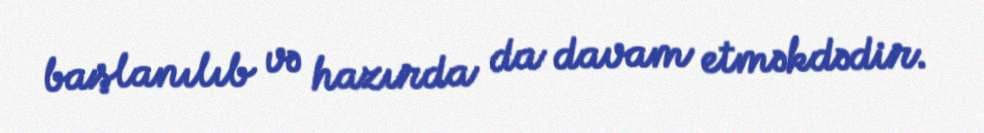
başlanılıb və hazırda da davam etməkdədir.